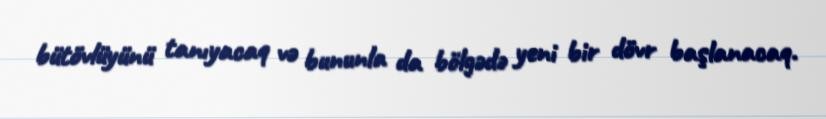
bütövlüyünü tanıyacaq və bununla da bölgədə yeni bir dövr başlanacaq.